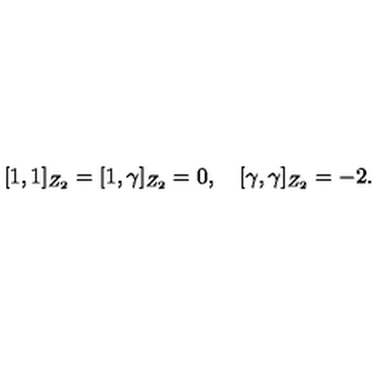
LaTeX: \lbrack 1 , 1 \rbrack _ { Z _ { 2 } } = \lbrack 1 , \gamma \rbrack _ { Z _ { 2 } } = 0 , \quad \lbrack \gamma , \gamma \rbrack _ { Z _ { 2 } } = - 2 .